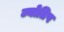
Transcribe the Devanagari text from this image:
ज्योतिष